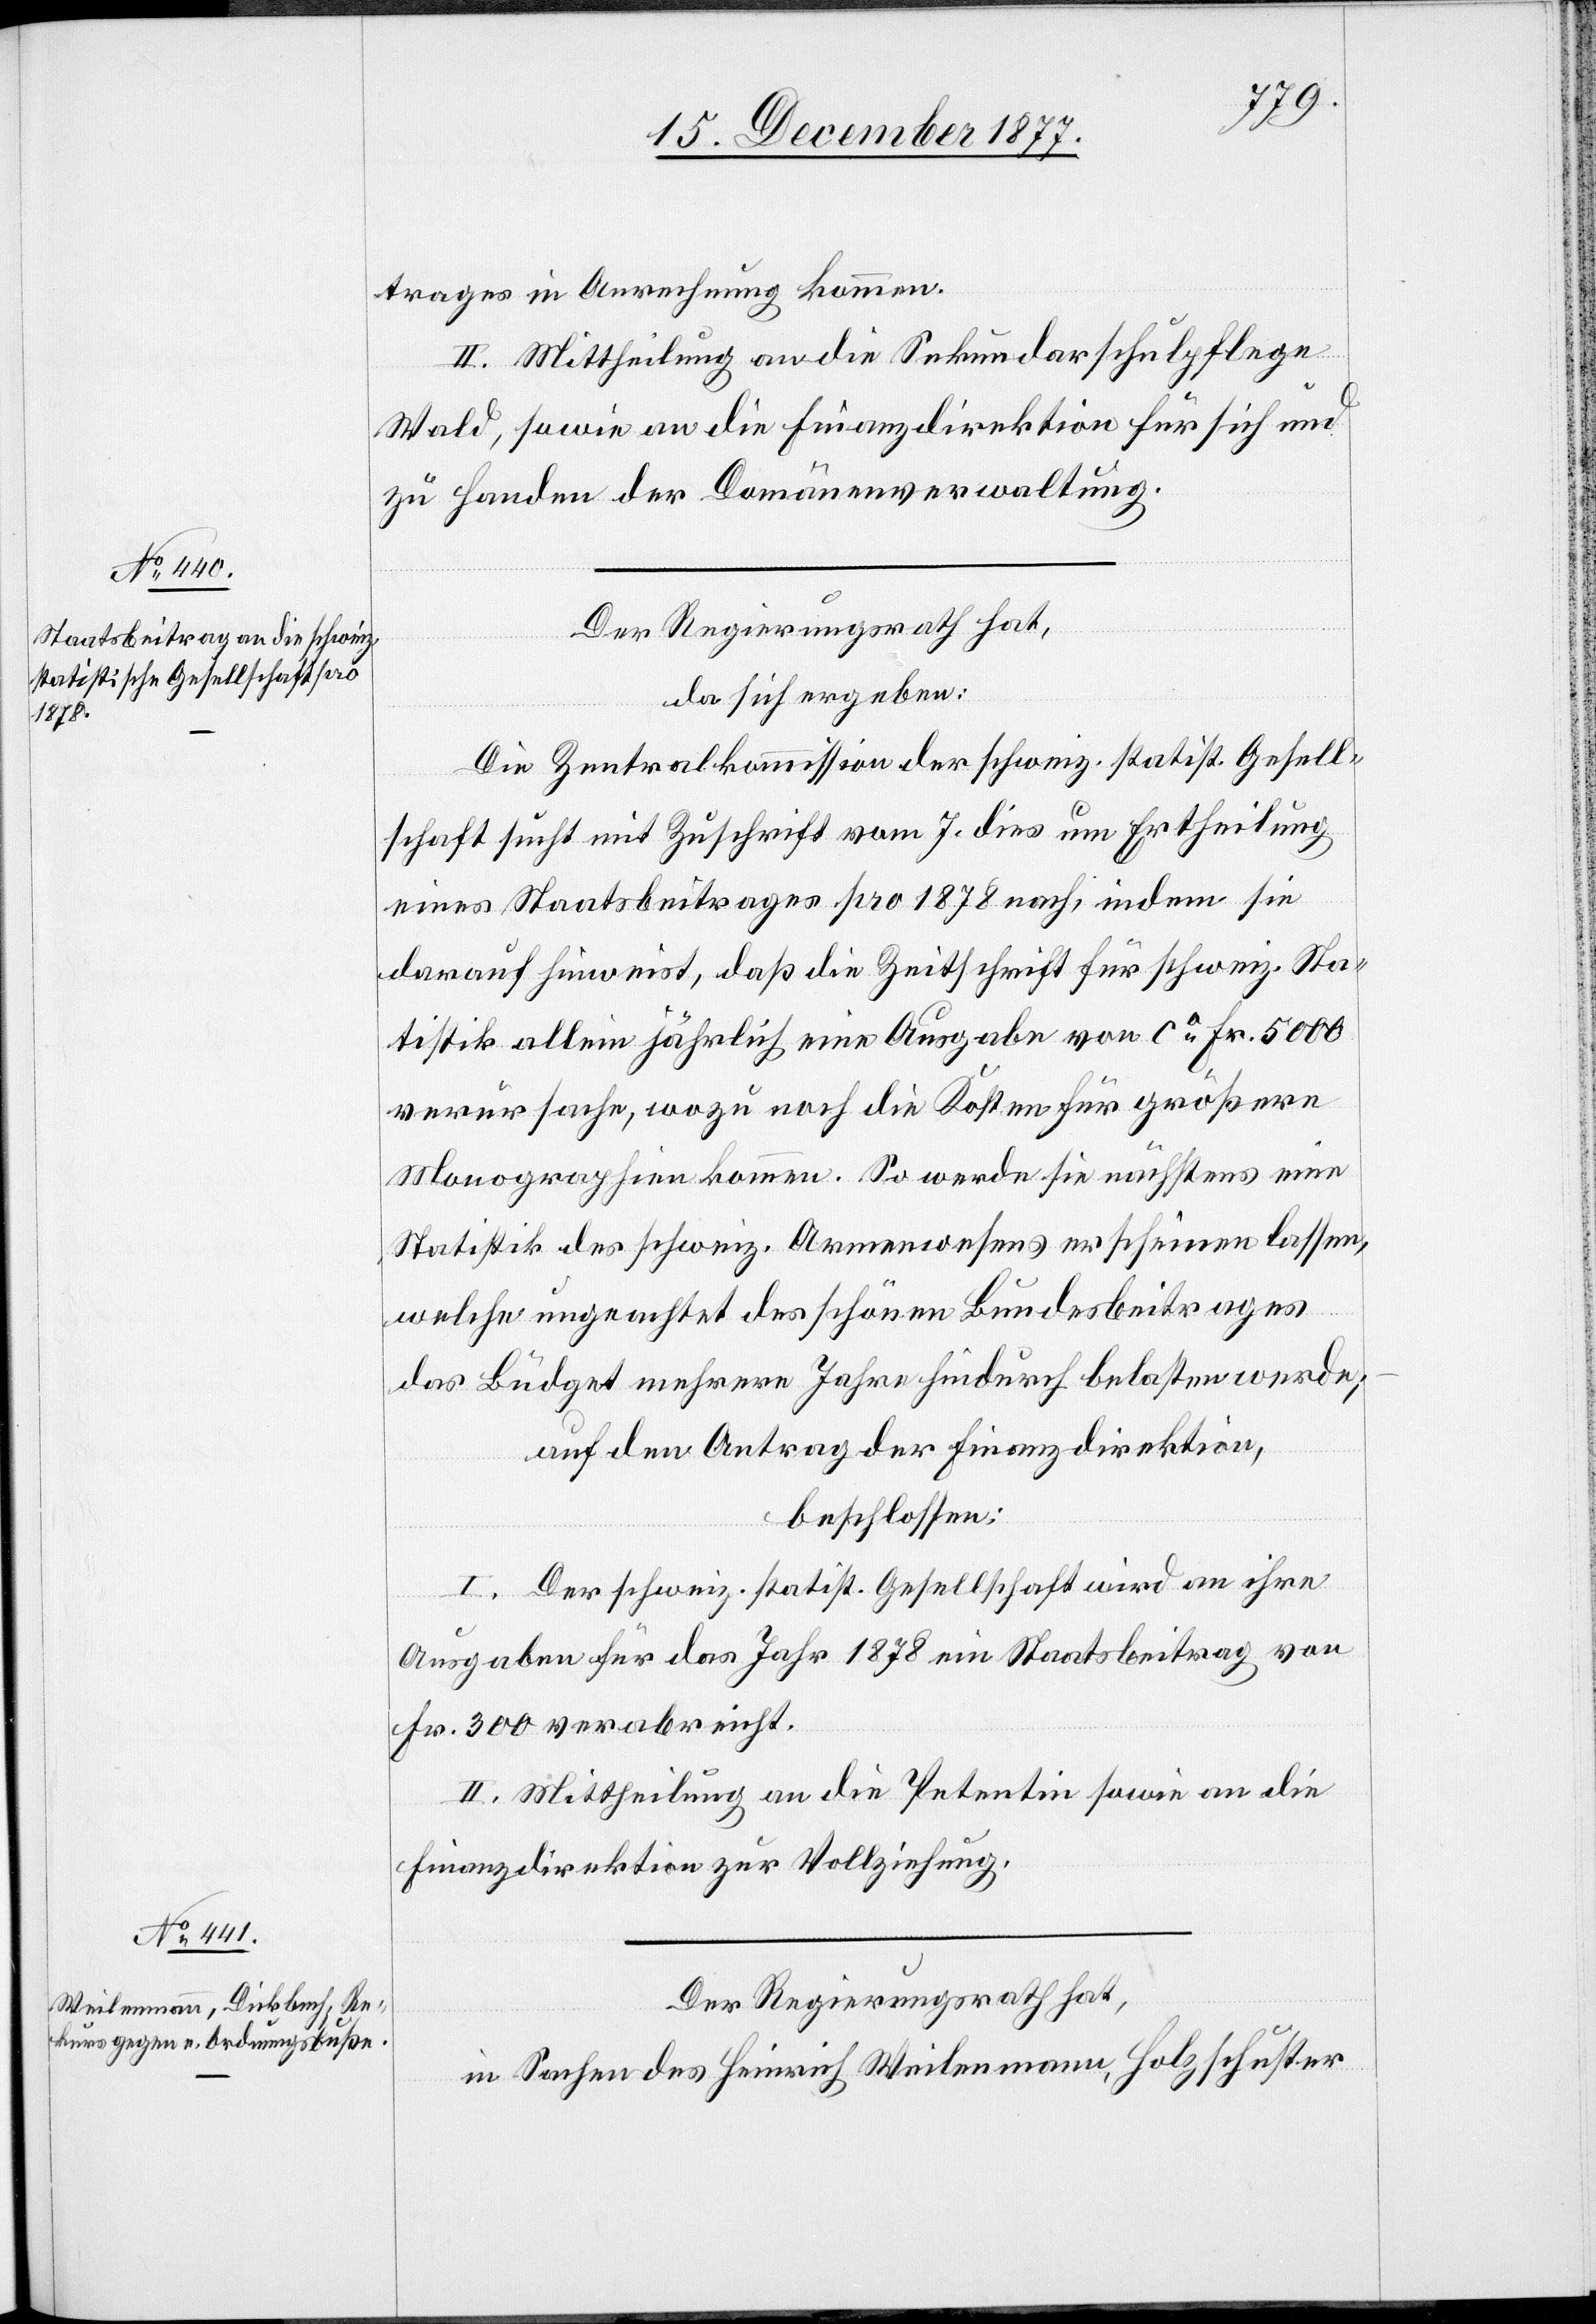
trages in Anrechnung kommen.
II. Mittheilung an die Sekundarschulpflege
Wald, sowie an die Finanzdirektion für sich und
zu Handen der Domänenverwaltung.
Der Regierungsrath hat,
da sich ergeben:
Die Zentralkommission der schweiz. statist. Gesell¬
schaft sucht mit Zuschrift vom 7. dies um Ertheilung
eines Staatsbeitrages pro 1878 nach, indem sie
darauf hinweist, daß die Zeitschrift für schweiz. Sta¬
tistik allein jährlich eine Ausgabe von ca Fr. 5000
verursache, wozu noch die Kosten für größere
Monographien kommen. So werde sie nächstens eine
Statistik des schweiz. Armenwesens erscheinen lassen,
welche ungeachtet des schönen Bundesbeitrages
das Büdget mehrere Jahre hindurch belasten werde;
auf den Antrag der Finanzdirektion,
beschlossen:
I. Der schweiz. statist. Gesellschaft wird an ihre
Ausgaben für das Jahr 1878 ein Staatsbeitrag von
Fr. 300 verabreicht.
II. Mittheilung an die Petentin sowie an die
Finanzdirektion zur Vollziehung.
Der Regierungsrath hat,
in Sachen des Heinrich Weilenmann, Holzschuster